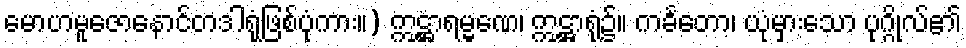
မောဟမူဇောနောင်တဒါရုံဖြစ်ပုံကား။) ဣဋ္ဌာရမ္မဏေ၊ ဣဋ္ဌာရုံ၌။ ကင်္ခတော၊ ယုံမှားသော ပုဂ္ဂိုလ်၏